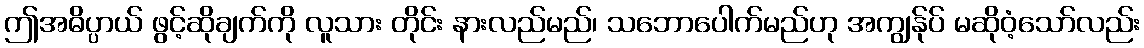
ဤအဓိပ္ပာယ် ဖွင့်ဆိုချက်ကို လူသား တိုင်း နားလည်မည်၊ သဘောပေါက်မည်ဟု အကျွန်ုပ် မဆိုဝံ့သော်လည်း